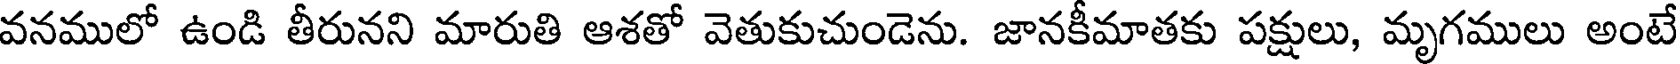
వనములో ఉండి తీరునని మారుతి ఆశతో వెతుకుచుండెను. జానకీమాతకు పక్షులు, మృగములు అంటే